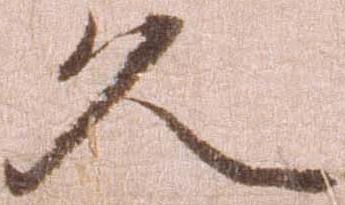
久